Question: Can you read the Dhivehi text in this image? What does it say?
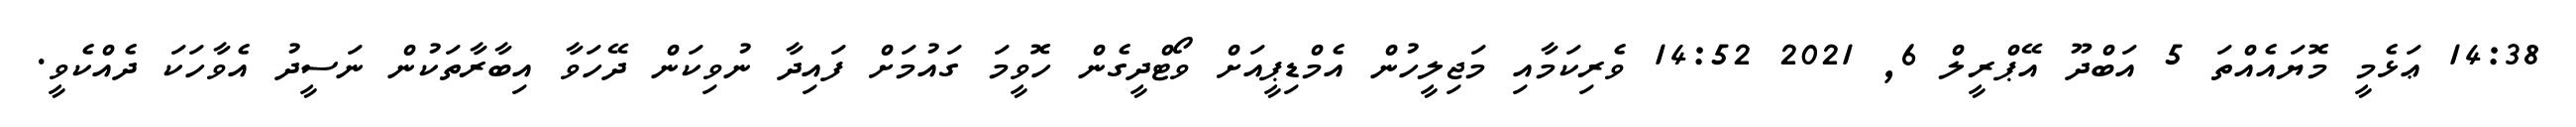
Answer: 14:38 ޢަޅެމީ މޮޔައެއްތަ 5 އަބްދޫ އޭޕްރީލް 6, 2021 14:52 ވެރިކަމާއި މަޖިލީހުން އެމްޑިޕީއަށް ވޯޓްދީގެން ހޮވީމަ ގައުމަށް ފައިދާ ނުވިކަން ދޭހަވާ އިބާރާތަކުން ނަސީދު އެވާހަކަ ދެއްކެވީ.